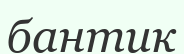
бантик